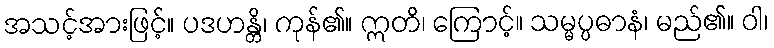
အသင့်အားဖြင့်။ ပဒဟန္တိ၊ ကုန်၏။ ဣတိ၊ ကြောင့်။ သမ္မပ္ပဓာနံ၊ မည်၏။ ဝါ၊